Report on the lunatic asylums under the Government of Bombay - 1904-1913
Year: 1904
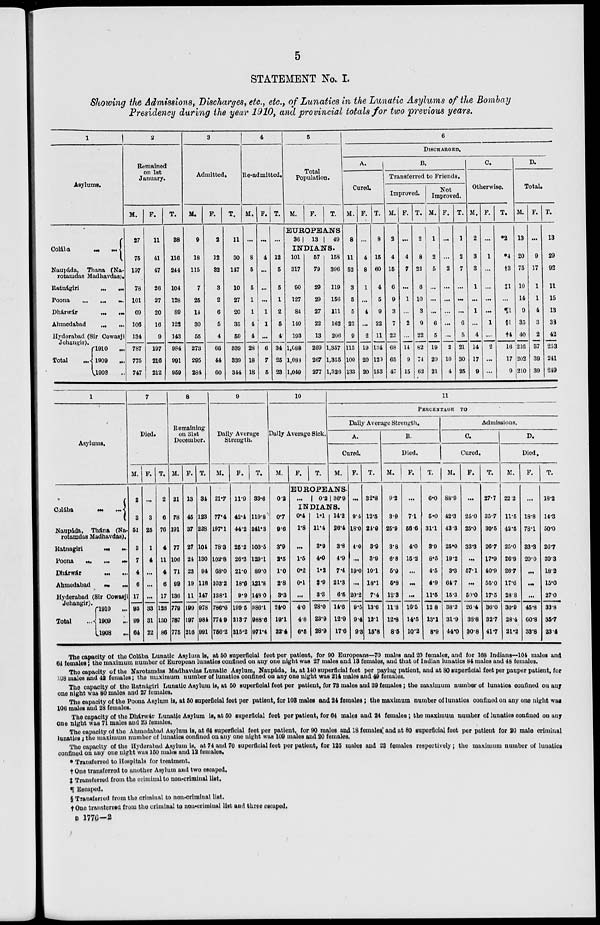
5
STATEMENT No. I.
Showing the Admissions, Discharges, etc., etc., of Lunatics in the Lunatic Asylums of the Bombay
Presidency during the year 1910, and provincial totals for two previous years.
1
Asylums.
Colába
...
...
Naupáda, Thana (Na-
rotamdas Madhavdas).
Ratnágiri
...
...
Poona
...
...
...
Dhárwár ... ...
Ahmedabad
...
...
Hyderabad (Sir Cowasji
Jehángir).
Total ...
1910 ...
1909
...
1908 ...
2
Remained
on 1st
January.
M.
27
75
197
78
101
69
106
134
787
775
747
F.
11
41
47
26
27
20
16
9
197
216
212
T.
38
116
244
104
128
89
122
143
984
991
959
3
Admitted.
M.
9
18
115
7
25
14
30
55
273
295
284
F.
2
12
32
3
2
6
5
4
66
44
60
T.
11
30
147
10
27
20
35
59
339
339
344
4
Re-admitted.
M.
...
8
5
5
1
1
4
4
28
18
18
F.
...
4
...
...
...
1
1
...
6
7
5
T.
...
12
5
5
1
...
...
4
34
25
23
5
Total
Population.
M.
F.
T.
EUROPEANS
36
13
49
INDIANS.
101
317
90
127
84
140
193
1,088
1,083
1,049
57
79
29
29
27
22
13
269
267
277
158
396
119
156
111
162
206
1,357
1,355
1,326
6
DISCHARGED.
A.
Cured.
M.
8
11
52
3
5
5
22
9
115
100
133
F.
...
4
8
1
...
4
...
2
19
20
20
T.
8
15
60
4
5
9
22
11
134
120
153
B.
Transferred to Friends.
Improved.
M.
2
4
15
6
9
3
7
22
68
65
47
F.
...
4
7
...
1
...
2
...
14
9
15
T.
2
8
22
6
10
3
9
22
82
74
62
Not
Improved.
M.
1
2
5
...
...
...
6
5
19
20
21
F.
...
...
2
...
...
...
...
...
2
10
4
T.
1
2
7
...
...
...
6
5
21
30
25
C.
Otherwise.
M.
2
3
3
1
...
1
...
4
14
17
9
F.
...
1
...
...
...
...
1
...
2
...
...
T.
*2
*4
†3
‡1
...
¶1
§1
†4
16
17
9
D.
Total.
M.
13
20
75
10
14
9
35
40
216
202
210
F.
...
9
17
1
1
4
3
2
37
39
39
T.
13
29
92
11
15
13
38
42
253
241
249
1
Asylums.
Colába
...
...
Naupáda, Thána (Na-
rotamdas Madhavdas).
Ratnagiri
...
...
Poona
...
...
...
Dhárwár
...
...
Ahmedabad ... ...
Hyderabad (Sir Cowasji
Jehangir).
Total
...
1910 ...
1909
...
1908
...
7
Died.
M.
2
3
51
3
7
4
6
17
93
99
64
F.
...
3
25
1
4
...
...
...
33
31
22
T.
2
6
76
4
11
4
6
17
126
130
86
8
Remaining
on 31st
December.
M.
21
78
191
77
106
71
99
136
779
787
775
F.
13
45
37
27
24
23
19
11
199
197
216
T.
34
123
228
104
130
94
118
147
978
984
991
9
Daily Average
Strength.
M.
21.7
77.4
197.1
78.3
102.8
68.0
103.2
138.1
786.6
774.9
756.2
F.
11.9
42.4
44.2
25.2
26.3
21.0
18.6
9.9
199.5
213.7
215.2
T.
33.6
119.8
241.3
103.5
129.1
89.0
121.8
148.0
986.1
988.6
971.4
10
Daily Average Sick.
M.
0.2
0.7
9.6
3.9
2.5
1.0
2.8
3.3
24.0
19.1
22.4
F. T.
11
PERCENTAGE TO
Daily Average Strength.
A.
Cured.
M.
EUROPEANS.
...
0.2 36.9
INDIANS.
0.4
1.8
...
1.5
0.2
0.1
...
4.0
4.8
6.5
1.1
11.4
3.9
4.0
1.2
2.9
3.3
28.0
23.9
28.9
14.2
26.4
3.8
4.9
7.4
21.3
6.5
14.6
12.9
17.6
F.
...
9.4
18.0
4.0
...
19.0
...
20.2
9.5
9.4
9.3
T.
32.8
12.5
24.9
3.9
3.9
10.1
18.1
7.4
13.6
12.1
15.8
B.
Died.
M.
9.2
3.9
25.9
3.8
6.8
5.0
5.8
12.3
11.8
12.8
8.5
F.
...
7.1
56.6
4.0
15.2
...
...
...
16.5
14.5
10.2
T.
6.0
5.0
31.1
3.9
8.5
4.5
4.9
11.5
12.8
13.1
8.9
Admissions.
C.
Cured.
M.
88.9
42.3
43.3
25.0
19.2
3.3
64.7
15.3
38.2
31.9
44.0
F.
...
25.0
25.0
33.3
...
57.1
...
50.0
26.4
38.8
30.8
T.
27.7
35.7
39.5
26.7
17.9
40.9
55.0
17.5
36.0
32.7
41.7
D.
Died.
M.
22.2
11.5
42.5
25.0
26.9
26.7
17.6
28.8
30.9
28.4
21.2
F.
...
18.8
78.1
33.3
20.0
...
...
...
45.8
60.8
33.8
T.
18.2
14.3
50.0
26.7
39.3
18.2
15.0
27.0
33.8
35.7
23.4
The capacity of the Colába Lunatic Asylum is, at 50 superficial feet per patient, for 90 Europeans—70 males and 20 females, and for 168 Indians—104 males and
64 females; the maximum number of European lunatics confined on any one night was 27 males and 13 females, and that of Indian lunatics 84 males and 48 females.
The capacity of the Narotamdas Madhavdas Lunatic Asylum, Naupáda, is, at 140 superficial feet per paying patient, and at 80 superficial feet per pauper patient, for
198 males and 42 females; the maximum number of lunatics confined on any one night was 214 males and 49 females.
The capacity of the Ratnágiri Lunatic Asylum is, at 50 superficial feet per patient, for 73 males and 39 females; the maximum number of lunatics confined on any
one night was 80 males and 27 females.
The capacity of the Poona Asylum is, at 50 superficial feet per patient, for 108 males and 24 females; the maximum number of lunatics confined on any one night was
106 males and 28 females.
The capacity of the Dháwár Lunatic Asylum is, at 50 superficial feet per patient, for 64 males and 24 females; the maximum number of lunatics confined on any
one night was 71 males and 23 females.
The capacity of the Ahmedabad Asylum is, at 64 superficial feet per patient, for 90 males and 18 females and at 80 superficial feet per patient for 20 male criminal
lunatics ; the maximum number of lunatics confined on any one night was 109 males and 20 females.
The capacity of the Hyderabad Asylum is, at 74 and 70 superficial feet per patient, for 125 males and 28 females respectively; the maximum number of lunatics
confined on any one night was 150 males and 12 females.
* Transferred to Hospitals for treatment.
† One transferred to another Asylum and two escaped.
‡ Transferred from the criminal to non-criminal list.
¶ Escaped.
§ Transferred from the criminal to non-crimlnal list.
†One transterred from the criminal to non-criminal list and three escaped.
B 1776—2